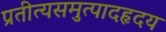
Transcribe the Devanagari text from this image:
प्रतीत्यसमुत्पादहृदय